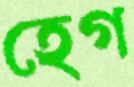
হেগ